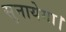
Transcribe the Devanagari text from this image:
सुनायेगा।